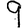
Digit: 9